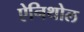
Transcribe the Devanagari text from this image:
ऐनिथोल